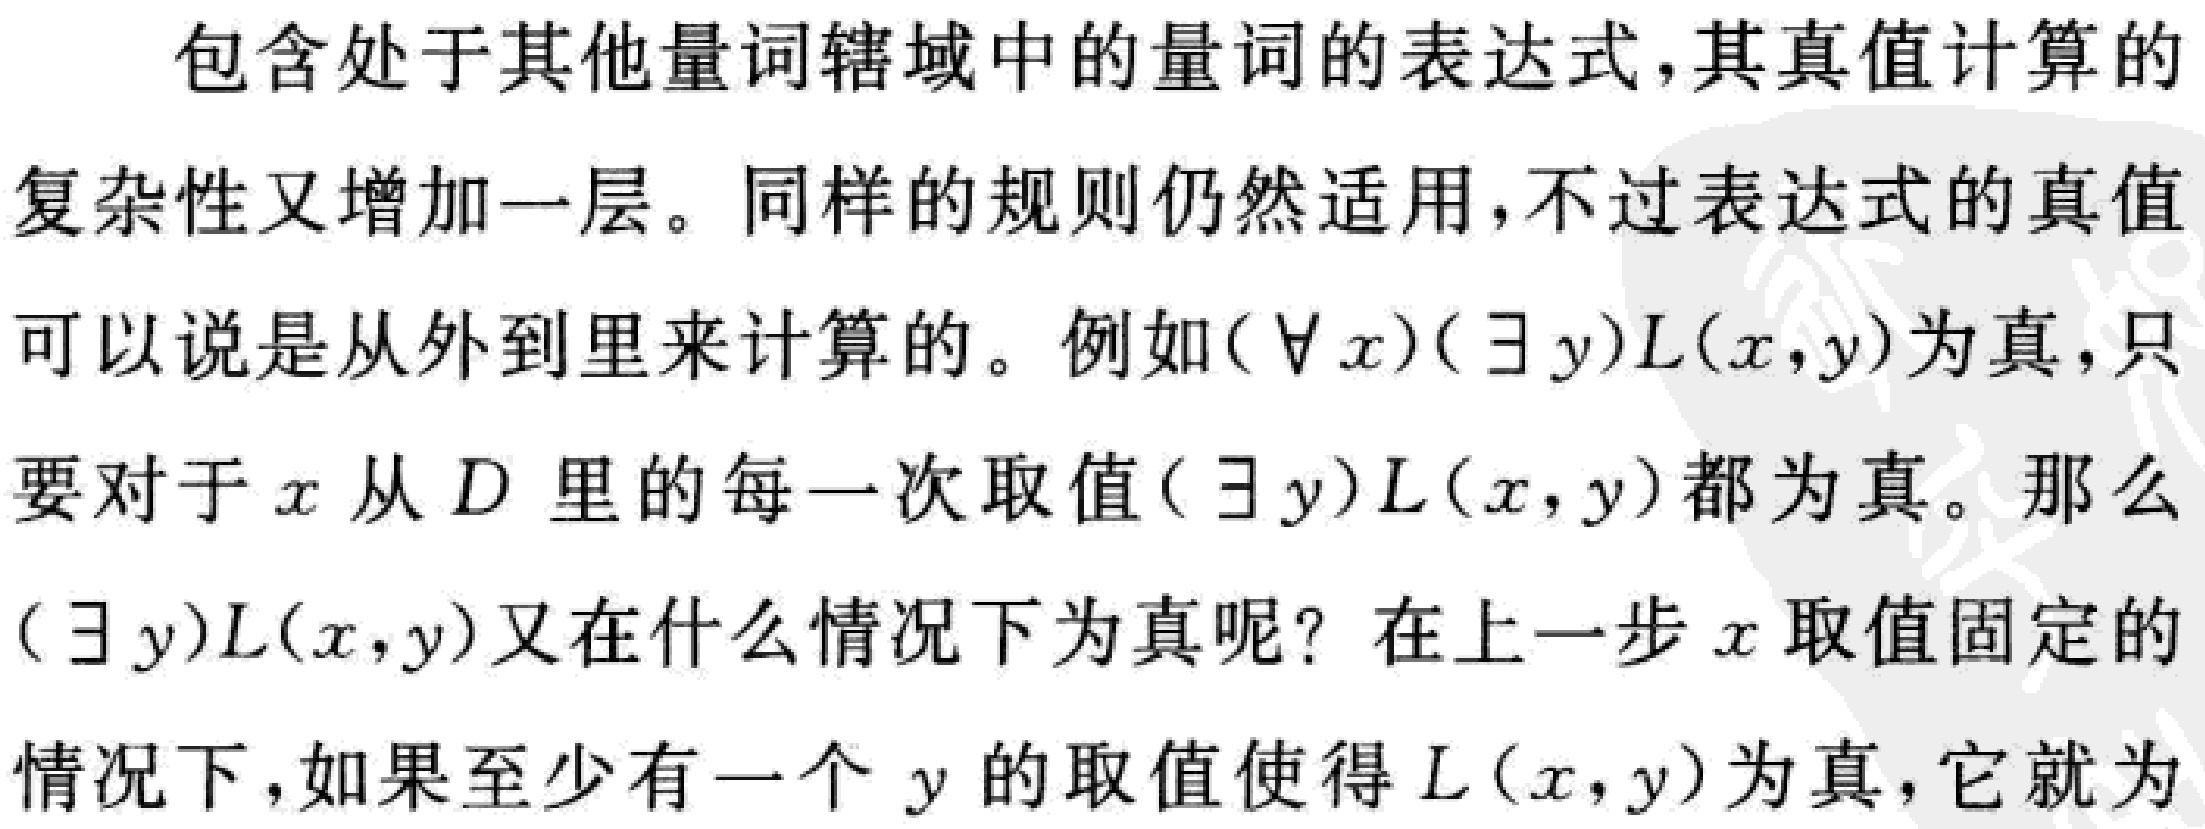
包含处于其他量词辖域中的量词的表达式，其真值计算的
复杂性又增加一层。同样的规则仍然适用，不过表达式的真值
可以说是从外到里来计算的。例如$(\forall x)(\exists y)L(x,y)$为真，只
要对于$x$从$D$ 里的每一次取值$(\exists y)L(x,y)$都为真。那么
$(\exists y)L(x,y)$又在什么情况下为真呢？在上一步$x$取值固定的
情况下，如果至少有一个$y$的取值使得$L(x,y)$为真，它就为